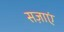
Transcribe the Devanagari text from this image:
सज़ाएं